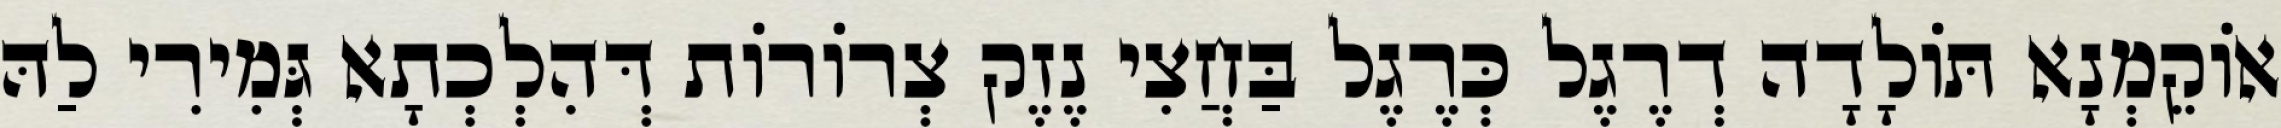
אוֹקֵמְנָא תּוֹלָדָה דְרֶגֶל כְּרֶגֶל בַּחֲצִי נֶזֶק צְרוֹרוֹת דְּהִלְכְתָא גְּמִירִי לַהּ